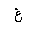
Letter: _gayn